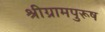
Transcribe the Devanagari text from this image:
श्रीग्रामपुरूष